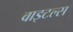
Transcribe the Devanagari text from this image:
वाइटल्स